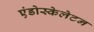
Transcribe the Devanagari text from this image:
एंडोस्केलेटन